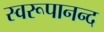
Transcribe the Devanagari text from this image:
स्वरूपानन्द